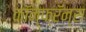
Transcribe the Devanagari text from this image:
कॉन्फ्रॅन्स